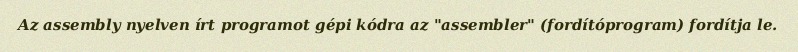
Az assembly nyelven írt programot gépi kódra az "assembler" (fordítóprogram) fordítja le.